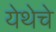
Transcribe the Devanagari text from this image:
येथेचे